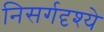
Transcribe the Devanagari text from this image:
निसर्गदृश्ये